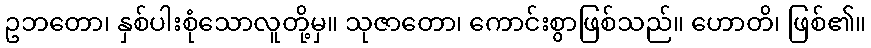
ဥဘတော၊ နှစ်ပါးစုံသောလူတို့မှ။ သုဇာတော၊ ကောင်းစွာဖြစ်သည်။ ဟောတိ၊ ဖြစ်၏။